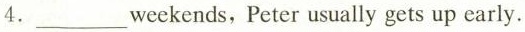
4.___ weekends,Peter usually gets up early.